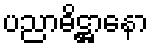
ပညာဓိဋ္ဌာနော